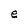
Character: e